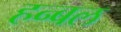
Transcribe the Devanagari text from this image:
हन्बल